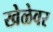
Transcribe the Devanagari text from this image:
खेळेवर